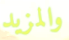
والمزيد